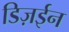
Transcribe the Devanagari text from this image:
डिज़ईन